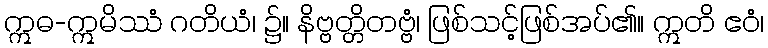
ဣဓ-ဣမိဿံ ဂတိယံ၊ ၌။ နိဗ္ဗတ္တိတဗ္ဗံ၊ ဖြစ်သင့်ဖြစ်အပ်၏။ ဣတိ ဧဝံ၊